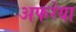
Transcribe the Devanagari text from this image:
अफरेया